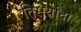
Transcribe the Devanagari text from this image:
तिसर्यांदा